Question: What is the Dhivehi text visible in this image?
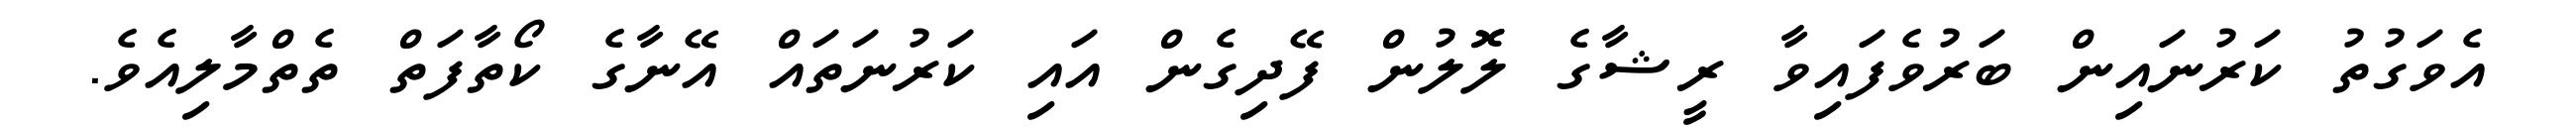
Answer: އެވަގުތު ކަރުނައިން ބަރުވެފައިވާ ރީޝާގެ ލޮޮލުން ފޭދިގެން އައި ކަރުނަތައް އޭނާގެ ކޯތާފަތް ތެތްމާލިއެވެ.